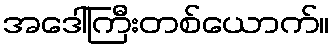
အဒေါ်ကြီးတစ်ယောက်။